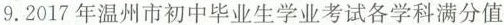
9. 2017年温州市初中毕业生学业考试各学科满分值